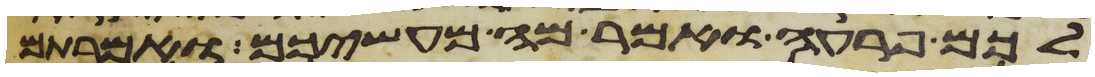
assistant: לכם פרעה ואמר מה מעשיכם ואמרתם